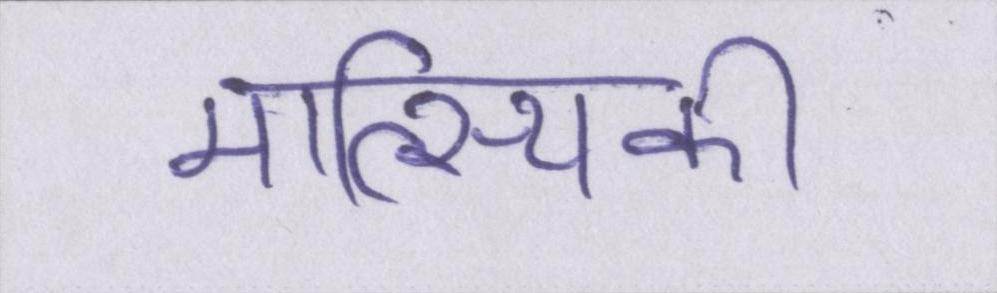
मात्स्यिकी